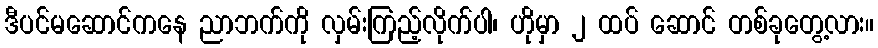
ဒီပင်မဆောင်ကနေ ညာဘက်ကို လှမ်းကြည့်လိုက်ပါ၊ ဟိုမှာ ၂ ထပ် ဆောင် တစ်ခုတွေ့လား။